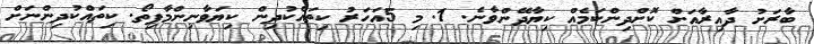
ބާރަށު ދާއިރާއަށް ކޮށްދިންކަމެއް ކިޔާދޭންވާނެ. 1. މި 5އަހަރު ކިތައްކުދިން ކިޔަވާނިންމާފިތޯ. ކިތައްކުދިންނަށް